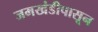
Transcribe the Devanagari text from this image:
जमखंडीपासून